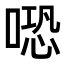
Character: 𠺱